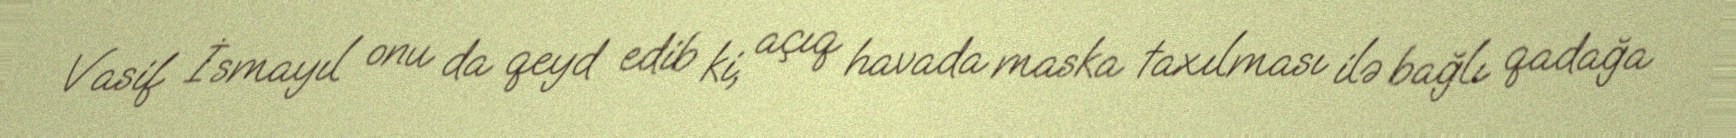
Vasif İsmayıl onu da qeyd edib ki, açıq havada maska taxılması ilə bağlı qadağa